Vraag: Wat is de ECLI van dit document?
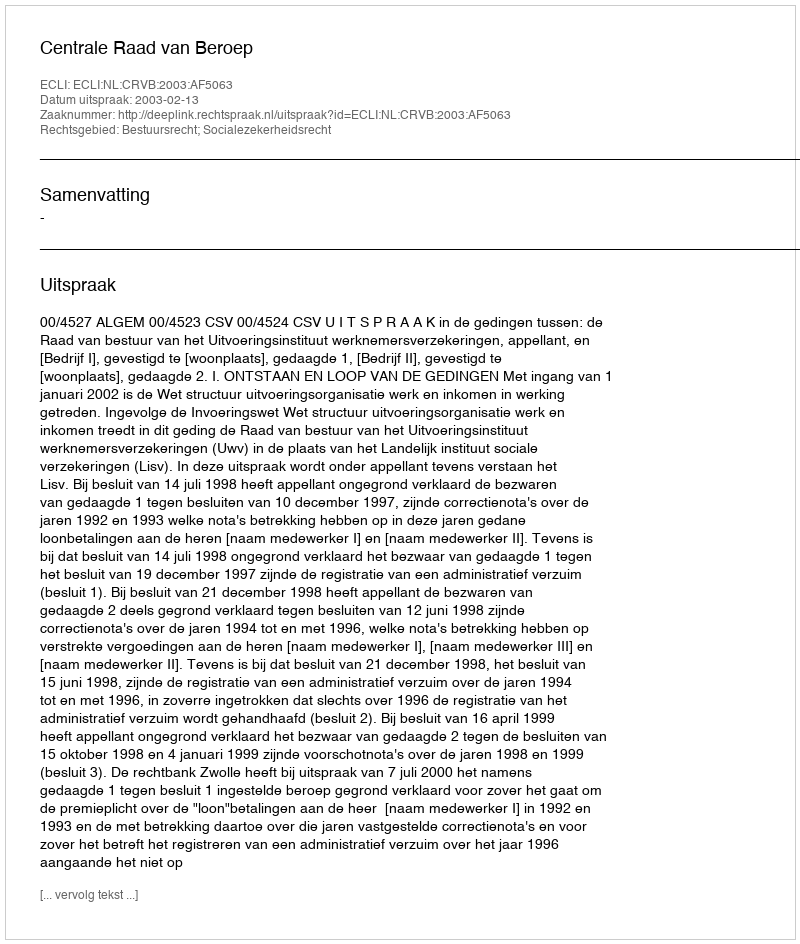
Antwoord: ECLI:NL:CRVB:2003:AF5063